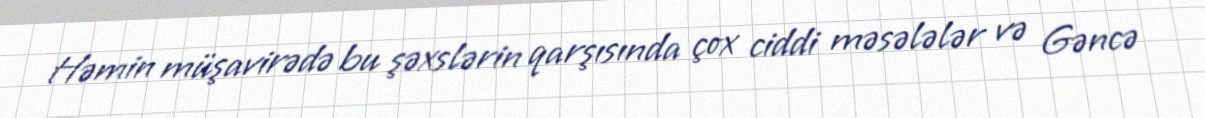
Həmin müşavirədə bu şəxslərin qarşısında çox ciddi məsələlər və Gəncə